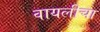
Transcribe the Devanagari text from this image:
वायलीचा